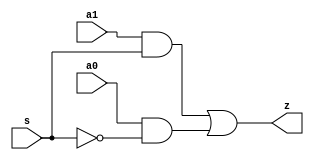
module design_2_1_MUX(
		input a0,
		input a1,
		input s,
		output z
		);
	wire T1,T2,sbar;
	not(sbar,s);
	and (T1,a1,s) , (T2,a0,sbar);
	or (z,T1,T2);
endmodule

module layer_0_8_8_MUX(
        input [7:0] x,
        input cntrl,
        output [7:0] z
        );
	design_2_1_MUX b1(x[0],x[7],cntrl,z[0]);
	design_2_1_MUX b2(x[1],x[6],cntrl,z[1]);
	design_2_1_MUX b3(x[2],x[5],cntrl,z[2]);
	design_2_1_MUX b4(x[3],x[4],cntrl,z[3]);
	design_2_1_MUX b5(x[4],x[3],cntrl,z[4]);
	design_2_1_MUX b6(x[5],x[2],cntrl,z[5]);
	design_2_1_MUX b7(x[6],x[1],cntrl,z[6]);
	design_2_1_MUX b8(x[7],x[0],cntrl,z[7]);
endmodule

module layer_1_8_8_MUX(
        input [7:0] x,
        input  sel,
        output [7:0] z
        );
	design_2_1_MUX b1(x[0],1'b0,sel,z[0]);
	design_2_1_MUX b2(x[1],x[0],sel,z[1]);
	design_2_1_MUX b3(x[2],x[1],sel,z[2]);
	design_2_1_MUX b4(x[3],x[2],sel,z[3]);
	design_2_1_MUX b5(x[4],x[3],sel,z[4]);
	design_2_1_MUX b6(x[5],x[4],sel,z[5]);
	design_2_1_MUX b7(x[6],x[5],sel,z[6]);
    design_2_1_MUX b8(x[7],x[6],sel,z[7]);
endmodule

module layer_2_8_8_MUX(
        input [7:0] x,
        input  sel,
        output [7:0] z
        );
	design_2_1_MUX b1(x[0],1'b0,sel,z[0]);
	design_2_1_MUX b2(x[1],1'b0,sel,z[1]);
	design_2_1_MUX b3(x[2],x[0],sel,z[2]);
	design_2_1_MUX b4(x[3],x[1],sel,z[3]);
	design_2_1_MUX b5(x[4],x[2],sel,z[4]);
	design_2_1_MUX b6(x[5],x[3],sel,z[5]);
	design_2_1_MUX b7(x[6],x[4],sel,z[6]);
    design_2_1_MUX b8(x[7],x[5],sel,z[7]);
endmodule

module layer_3_8_8_MUX(
        input [7:0] x,
        input  sel,
        output [7:0] z
        );
	design_2_1_MUX b1(x[0],1'b0,sel,z[0]);
	design_2_1_MUX b2(x[1],1'b0,sel,z[1]);
	design_2_1_MUX b3(x[2],1'b0,sel,z[2]);
	design_2_1_MUX b4(x[3],1'b0,sel,z[3]);
	design_2_1_MUX b5(x[4],x[0],sel,z[4]);
	design_2_1_MUX b6(x[5],x[1],sel,z[5]);
	design_2_1_MUX b7(x[6],x[2],sel,z[6]);
    design_2_1_MUX b8(x[7],x[3],sel,z[7]);
endmodule

module barrel_shifter(
        input [7:0] x,
        input [2:0] sel,
        input cntrl,
        output [7:0] z
        );
    wire [7:0]z0;
    wire [7:0]z1;
    wire [7:0]z2;
    wire [7:0]z3;
    layer_0_8_8_MUX l0(x,cntrl,z0);
    layer_1_8_8_MUX l1(z0,sel[0],z1);
    layer_2_8_8_MUX l2(z1,sel[1],z2);
    layer_3_8_8_MUX l3(z2,sel[2],z3);
    layer_0_8_8_MUX l4(z3,cntrl,z);
endmodule

module barrel_shifter_tb;
	// Inputs
	reg [7:0] x;
	reg  [2:0]sel;
    reg cntrl;
	// Outputs
	wire [7:0]z;
	// Instantiate the Unit Under Test (UUT)
	barrel_shifter uut (
		.x(x), 
		.sel(sel), 
        .cntrl(cntrl),
		.z(z)
	);
 
	initial begin	
		$dumpfile("test.vcd");
    	$dumpvars(0,barrel_shifter_tb);
	end

	initial begin
	// Initialize Inputs
	#0  x = 8'b10101101;sel=3'b000 ;cntrl=1'b0;
    #10 sel=3'b001 ;cntrl=1'b0;
	#10 sel=3'b010 ;cntrl=1'b0;
	#10 sel=3'b011 ;cntrl=1'b0;
	#10 sel=3'b100 ;cntrl=1'b0;
	#10 sel=3'b101 ;cntrl=1'b0;
	#10 sel=3'b110 ;cntrl=1'b0;
	#10 sel=3'b111 ;cntrl=1'b0;
    #10 sel=3'b000 ;cntrl=1'b1;
    #10 sel=3'b001 ;cntrl=1'b1;
	#10 sel=3'b010 ;cntrl=1'b1;
	#10 sel=3'b011 ;cntrl=1'b1;
	#10 sel=3'b100 ;cntrl=1'b1;
	#10 sel=3'b101 ;cntrl=1'b1;
	#10 sel=3'b110 ;cntrl=1'b1;
	#10 sel=3'b111 ;cntrl=1'b1;
    #10;
	end  

	initial begin
		$monitor("t=%3d x=%b,sel=%b,z=%b,cntrl=%b \n",$time,x,sel,z,cntrl);
	end
 
endmodule